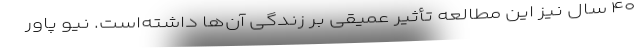
۴۰ سال نیز این مطالعه تأثیر عمیقی بر زندگی آن‌ها داشته‌است. نیو پاور